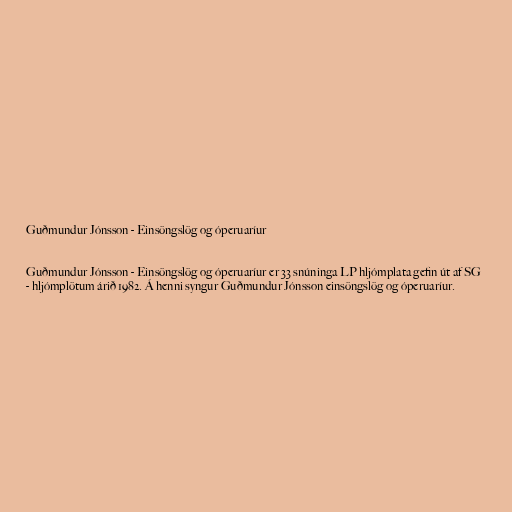
Guðmundur Jónsson - Einsöngslög og óperuaríur

Guðmundur Jónsson - Einsöngslög og óperuaríur er 33 snúninga LP hljómplata gefin út af SG
- hljómplötum árið 1982. Á henni syngur Guðmundur Jónsson einsöngslög og óperuaríur.